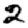
Digit: 2